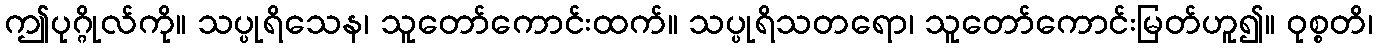
ဤပုဂ္ဂိုလ်ကို။ သပ္ပုရိသေန၊ သူတော်ကောင်းထက်။ သပ္ပုရိသတရော၊ သူတော်ကောင်းမြတ်ဟူ၍။ ဝုစ္စတိ၊